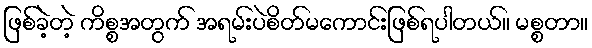
ဖြစ်ခဲ့တဲ့ ကိစ္စအတွက် အရမ်းပဲစိတ်မကောင်းဖြစ်ရပါတယ်။ မစ္စတာ။